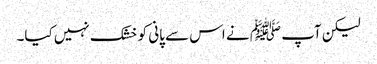
لیکن آپ ﷺ نے اس سے پانی کو خشک نہیں کیا۔